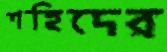
শহিদের